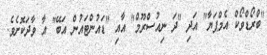
"ބްރޯޑްވޯކް އެމްޕަޔާ" އަދި "ދަ ނިއުސްރޫމް" އާއި "ޑައުންޓައުން އަބޭ" އާ ވާދަކޮށެވެ.